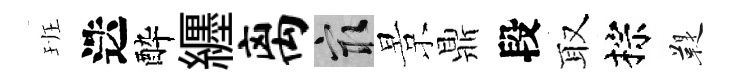
班迭酔纒离冣景鼎段取棕鞮